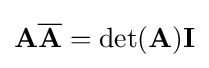
\mathbf {A} {\overline {\mathbf {A} }}=\mathrm {det} (\mathbf {A} )\mathbf {I}